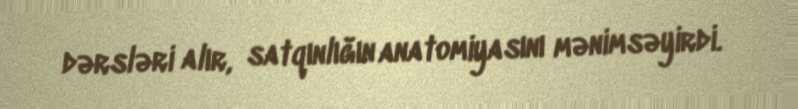
dərsləri alır, satqınlığın anatomiyasını mənimsəyirdi.